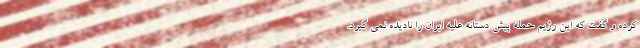
کرده و گفت که این رژیم حمله پیش دستانه علیه ایران را نادیده نمی گیرد.